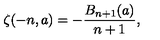
\zeta ( - n , a ) = - \frac { B _ { n + 1 } ( a ) } { n + 1 } ,